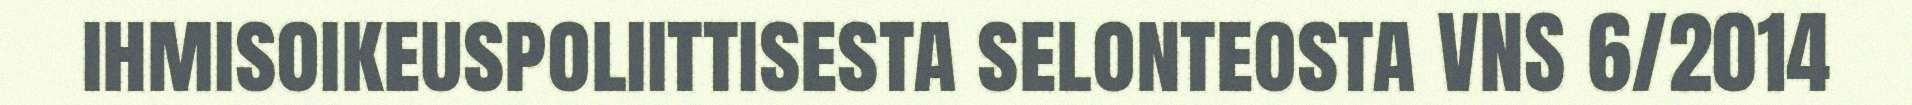
ihmisoikeuspoliittisesta selonteosta VNS 6/2014